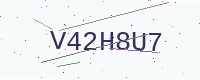
Text: V42H8U7